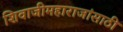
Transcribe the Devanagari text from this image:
शिवाजीमहाराजांसाठी